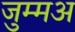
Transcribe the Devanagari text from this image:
जुम्मअ